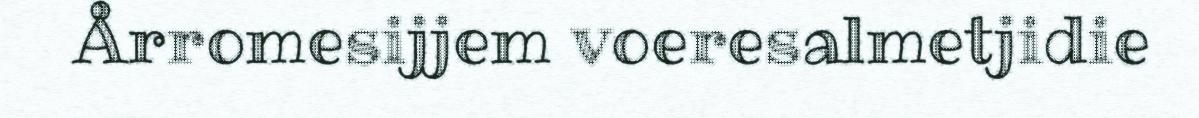
Årromesijjem voeresalmetjidie